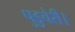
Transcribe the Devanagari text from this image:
पुडुचेरी।